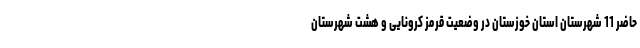
حاضر 11 شهرستان استان خوزستان در وضعیت قرمز کرونایی و هشت شهرستان